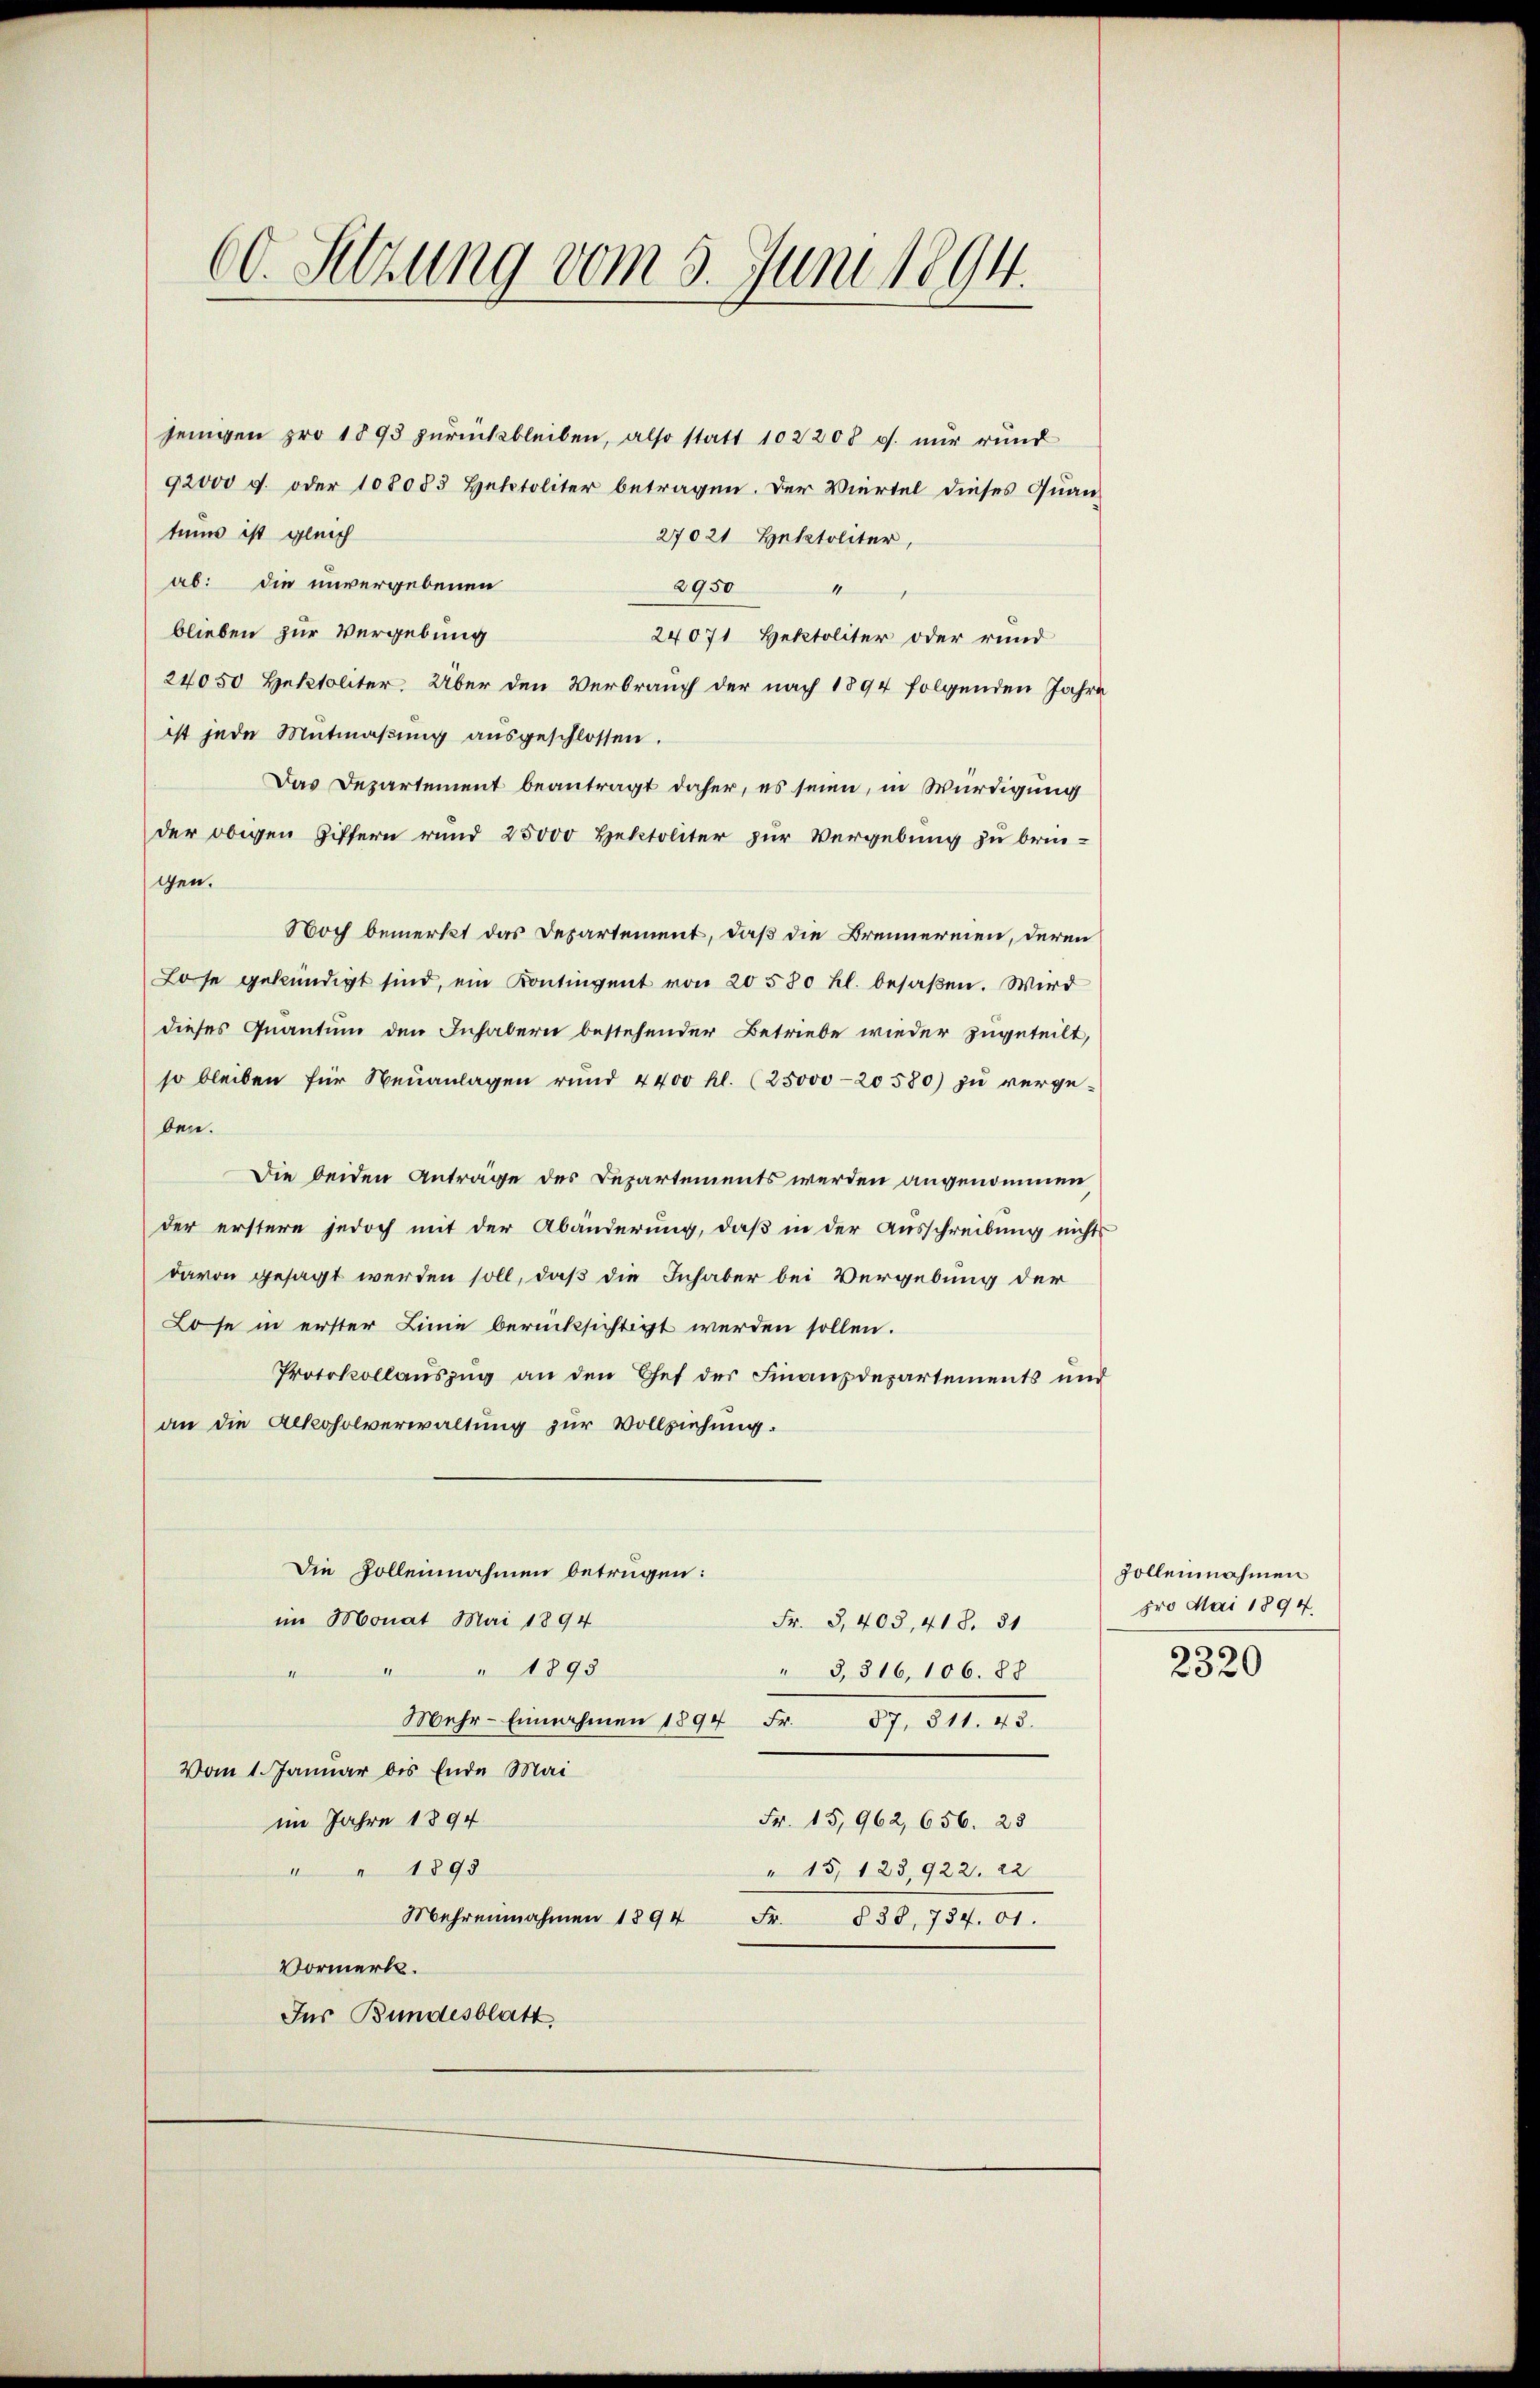
60. Sitzung vom 5. Juni 1894.

92000 g. oder 108083 Hektoliter betragen. Der Viertel dieses Quantums ist gleich
27021 Hektoliter,
ab: die unvergebenen
2950 "
blieben zur Vergebung
24071 Hektoliter oder rund
24050 Hektoliter. Über den Verbrauch der nach 1894 folgenden Jahre
ist jede Mutmaßung ausgeschlossen.
Das Departement beantragt daher, es seien, in Würdigung
der obigen Ziffern rund 25000 Hektoliter zur Vergebung zu bringen.
Noch bemerkt das Departement, daß die Brennernen, deren
Lose gekündigt sind, ein Kontingent von 20 580 fl. besaßen. Wird
dieses Quantum den Inhabern bestehender Betriebe wieder zugeteilt,
so bleiben für Neuanlagen rund 4400 hl. (25000-20580) zu vergeben.
Die beiden Anträge des Departements werden angenommen,
der erstere jedoch mit der Abänderung, daß in der Ausschreibung nicht
davon gesagt werden soll, daß die Inhaber bei Vergebung der
Lose in erster Linie berücksichtigt werden sollen.
Protokollauszug an den Chef der Finanzdepartements und
an die Alkoholverwaltung zur Vollziehung.
Die Zolleinnahmen betrügen:
im Monat Mai 1894
Fr. 3, 403, 418. 31
" " " 1893
" 3, 316, 106. 88
Mehr-Einnahmen 1894 Fr. 87. 311. 43.
Vom 1. Januar bis Ende Mai
im Jahre 1894
Fr. 15,962, 656. 25
" " 1893
" 15, 123, 922. 22
Mehr einnahmen 1894 Fr. 838, 734. 01.
Vormerk.
Ins Bundesblatt

jenigen pro 1893 zurückbleiben, also statt 102200 r. nur rund

Zollennahmen
pro Mai 1894.
2320